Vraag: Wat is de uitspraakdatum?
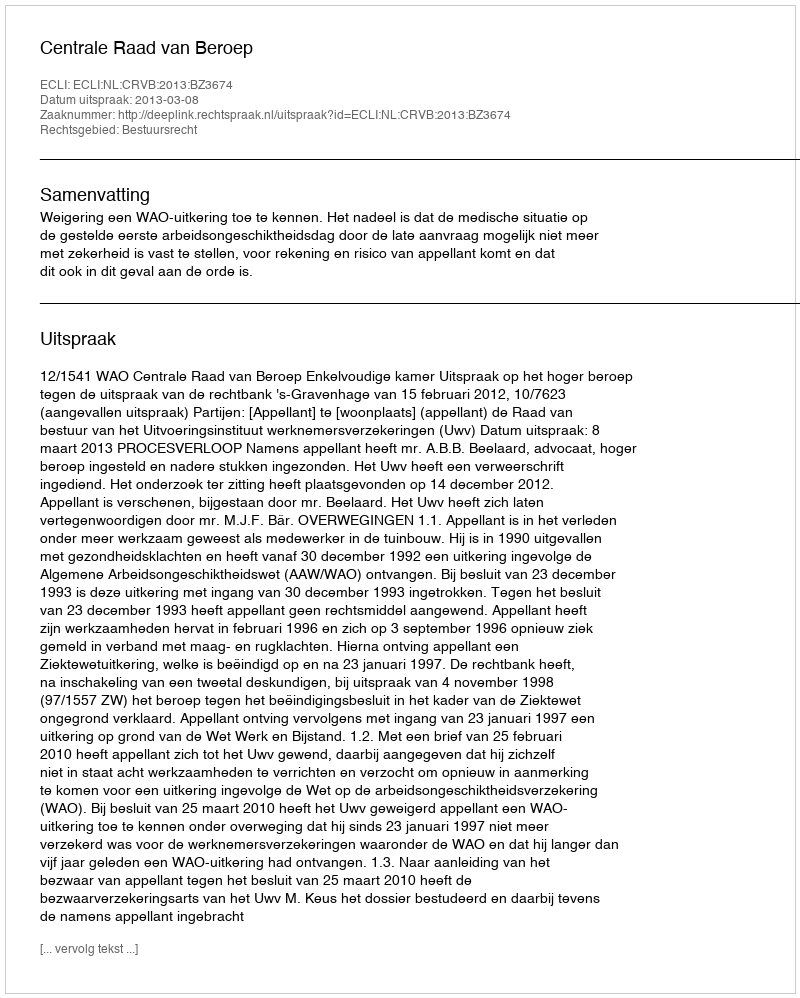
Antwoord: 2013-03-08